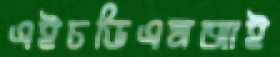
এইচডিএমআই